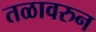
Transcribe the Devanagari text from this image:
तळावरुन